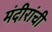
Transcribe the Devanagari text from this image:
मंदीरांची